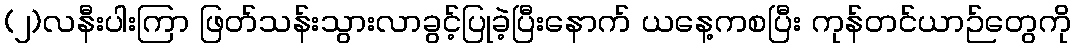
(၂)လနီးပါးကြာ ဖြတ်သန်းသွားလာခွင့်ပြုခဲ့ပြီးနောက် ယနေ့ကစပြီး ကုန်တင်ယာဉ်တွေကို